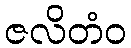
ဇလိတံဝ